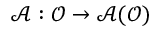
\mathcal { A } : \mathcal { O } \rightarrow \mathcal { A ( O ) }